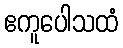
ဧကူပေါသထံ